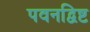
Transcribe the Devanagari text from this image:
पवनद्विष्ट